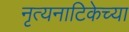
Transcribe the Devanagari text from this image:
नृत्यनाटिकेच्या